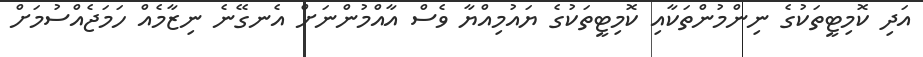
އަދި ކޮމިޓީތަކުގެ ނިންމުންތަކާއި ކޮމިޓީތަކުގެ ޔައުމިއްޔާ ވެސް އާއްމުންނަށް އެނގޭނެ ނިޒާމެއް ހަމަޖެއްސުމަށް